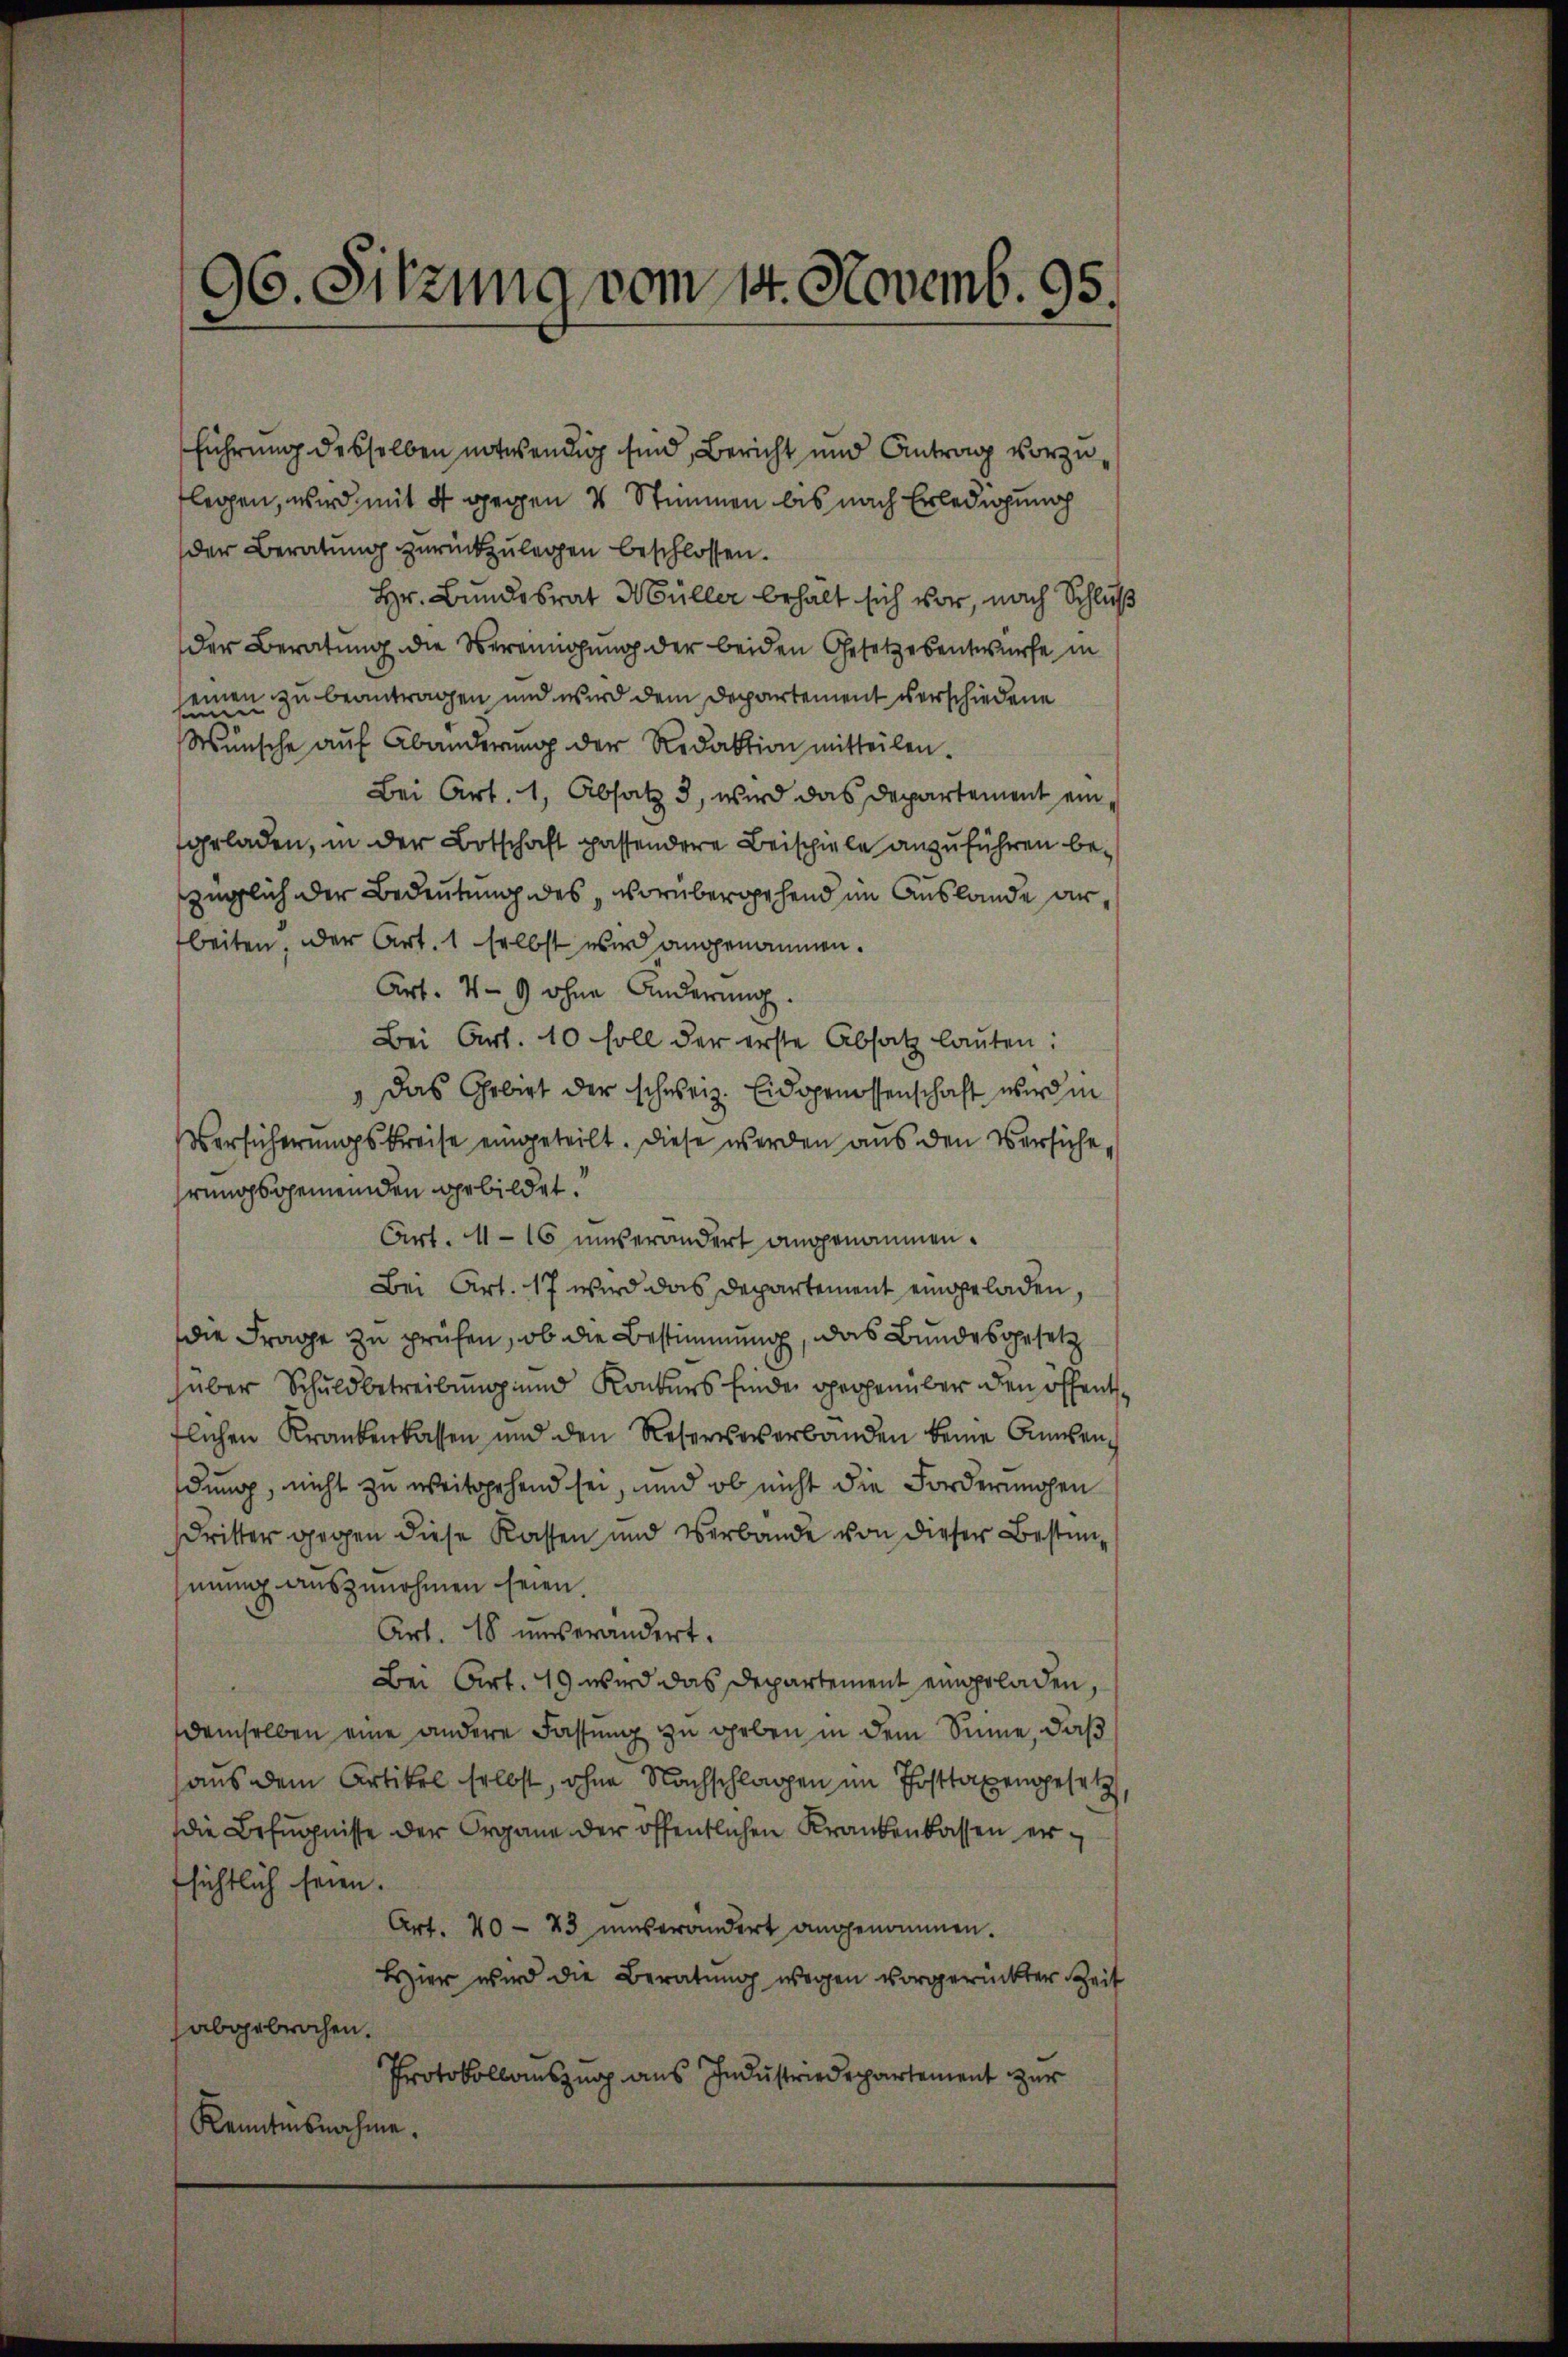
96. Sitzung vom 14. Novemb. 95.

führung desselben notwendig sind, Bericht und Antrag vorzuflegen, wird mit 4 gegen 4 Stimmen bis nach Erledigung
der Beratung zurückzulegen beschlossen.
Hr. Bundesrat Müller behalt sich vor, nach Schluß
der Beratung die Vereinigung der beiden Gesetzesentwurfe in
seinen zu beantragen und wird dem Departement verschiedene
Wunsche auf Abänderung der Redaktion mitteilen.
Bei Art. 1, Absatz 3, wird das Departement ein
fgeladen, in der Botschaft passendere Beischiele anzuführen bezüglich der Bedeutung des, vorübergehend im Auslande arbeiten, der Art. 1 selbst wir angenommen.
Art. 49 ohne Änderung.
Bei Art. 10 soll der erste Absatz lauten:
 Das Gebiet der schweiz. Eidsgenossenschaft wird in
Versicherungskreise eingeteilt. Diese werden aus den Versuche,
hrungsgemeinden gebildet.
Art. 416 unverändert angenommen.
Bei Art. 17 wird das Departement eingeladen,
die Frage zu prüfen, ob die Bestimmung, das Bundesgesetz
hüber Schuldbetreibung und Konkurs finder gegenüber den öffentflichen Krankenkassen und den Reserverbanden keine Ausen
dung, nicht zu weitgehend sei, und ob nicht die Forderungen
dritter gegen diese Kassen und Verbande von dieser Bestimmung auszunehmen seien.
Art. 18 unverändert.
Bei Art. 19 wird das Departement eingeladen,
demselben eine andere Fassung zu geben in dem Sinne, daß
aus dem Artikel selbst, ohne Nachschlagen im Posttaxengesetz
die Befugnisse der Organe der öffentlichen Krankenkassen ertsichtlich seien.
Art. 40 - 43 unverändert angenommen.
Hier wird die Beratung wegen vorgerückter Zeit
abgebrochen.
Protokollauszug aus Industriedepartement zur
Kenntnisnahme.